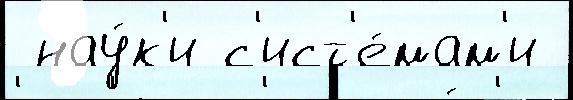
 нау́к'и с'ист'е́мам'и